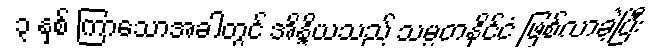
၃ နှစ် ကြာသောအခါတွင် အိန္ဒိယသည် သမ္မတနိုင်ငံ ဖြစ်လာခဲ့ပြီး